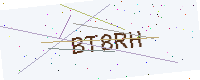
Text: BT8RH